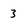
Character: 3